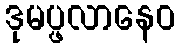
ဒုမပ္ဖလာနေဝ